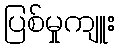
ပြစ်မှုကျူး